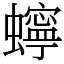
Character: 䗿